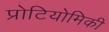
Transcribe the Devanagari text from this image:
प्रोटियोमिकी